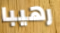
رهيبا